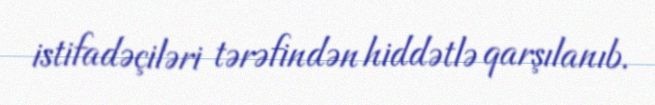
istifadəçiləri tərəfindən hiddətlə qarşılanıb.